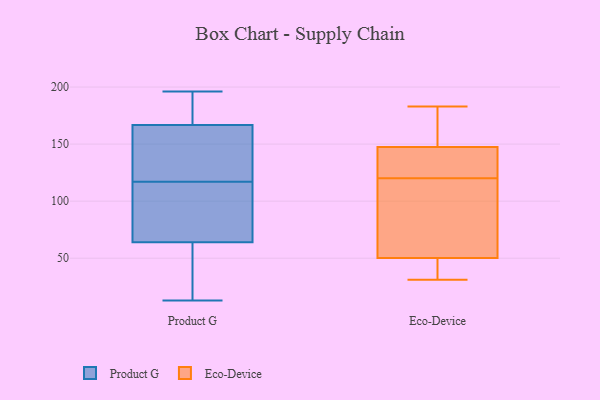
{"axis": {"x": "Active Users", "y": "Value"}, "legend": ["Eco-Device", "Product G"], "data": [{"x": "", "y": 97, "type": "Product G"}, {"x": "", "y": 13, "type": "Product G"}, {"x": "", "y": 55, "type": "Product G"}, {"x": "", "y": 117, "type": "Product G"}, {"x": "", "y": 184, "type": "Product G"}, {"x": "", "y": 127, "type": "Product G"}, {"x": "", "y": 37, "type": "Product G"}, {"x": "", "y": 133, "type": "Product G"}, {"x": "", "y": 60, "type": "Product G"}, {"x": "", "y": 178, "type": "Product G"}, {"x": "", "y": 76, "type": "Product G"}, {"x": "", "y": 196, "type": "Product G"}, {"x": "", "y": 188, "type": "Product G"}, {"x": "", "y": 90, "type": "Product G"}, {"x": "", "y": 118, "type": "Product G"}, {"x": "", "y": 179, "type": "Eco-Device"}, {"x": "", "y": 139, "type": "Eco-Device"}, {"x": "", "y": 140, "type": "Eco-Device"}, {"x": "", "y": 40, "type": "Eco-Device"}, {"x": "", "y": 44, "type": "Eco-Device"}, {"x": "", "y": 140, "type": "Eco-Device"}, {"x": "", "y": 134, "type": "Eco-Device"}, {"x": "", "y": 31, "type": "Eco-Device"}, {"x": "", "y": 54, "type": "Eco-Device"}, {"x": "", "y": 178, "type": "Eco-Device"}, {"x": "", "y": 35, "type": "Eco-Device"}, {"x": "", "y": 150, "type": "Eco-Device"}, {"x": "", "y": 72, "type": "Eco-Device"}, {"x": "", "y": 66, "type": "Eco-Device"}, {"x": "", "y": 120, "type": "Eco-Device"}, {"x": "", "y": 183, "type": "Eco-Device"}, {"x": "", "y": 49, "type": "Eco-Device"}, {"x": "", "y": 182, "type": "Eco-Device"}, {"x": "", "y": 106, "type": "Eco-Device"}]}